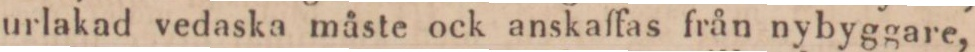
urlakad vedaska måste ock anskaffas från nybyggare,